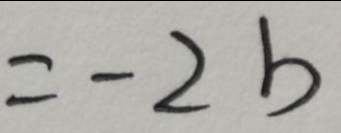
= - 2 b